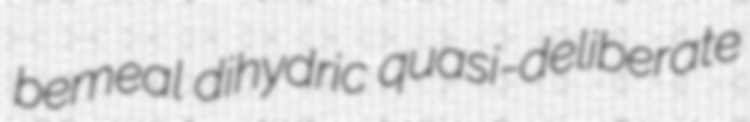
bemeal dihydric quasi-deliberate